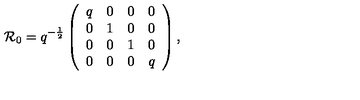
{ \cal R } _ { 0 } = q ^ { - \frac 1 2 } \left( \begin{array} { c c c c } { q } & { 0 } & { 0 } & { 0 } \\ { 0 } & { 1 } & { 0 } & { 0 } \\ { 0 } & { 0 } & { 1 } & { 0 } \\ { 0 } & { 0 } & { 0 } & { q } \\ \end{array} \right) ,